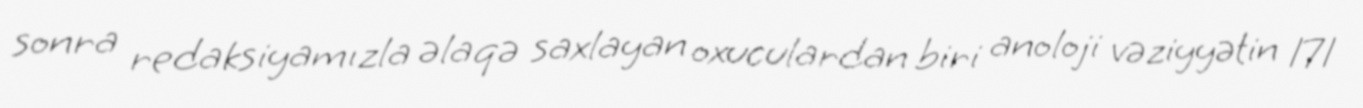
sonra redaksiyamızla əlaqə saxlayan oxuculardan biri anoloji vəziyyətin 171